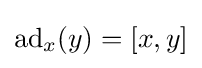
\mathrm {ad} _{x}(y)=[x,y]